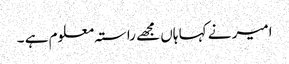
امیر نے کہا ہاں مجھے راستہ معلوم ہے ۔